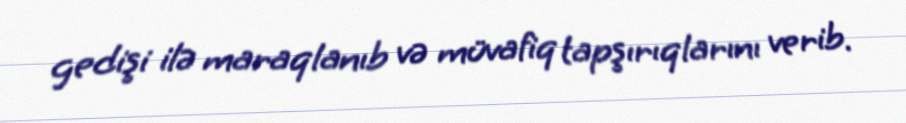
gedişi ilə maraqlanıb və müvafiq tapşırıqlarını verib.